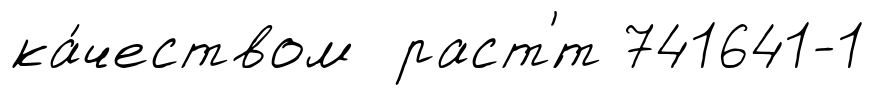
ка́чеством раст'́т 741641-1